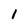
Character: 1